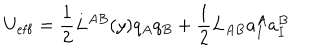
U _ { \mathrm { e f f } } = \frac { 1 } { 2 } L ^ { A B } ( y ) q _ { A } q _ { B } + \frac { 1 } { 2 } L _ { A B } a _ { I } ^ { A } a _ { I } ^ { B }